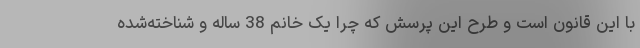
با این قانون است و طرح این پرسش که چرا یک خانم 38 ساله و شناخته‌شده